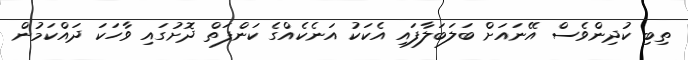
ތިބި ކުދިންވެސް އޭނައަށް ބަލަބަލާފައި އެކަކު އަނެކެއްގެ ކަންފަތް ދޮށުގައި ވާހަކަ ދައްކަމުން